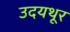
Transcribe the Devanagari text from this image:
उदयथूर